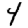
Digit: 4